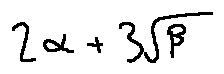
2 \alpha + 3 \sqrt { \beta }